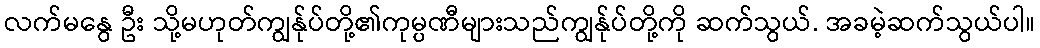
လက်မနွေ ဦး သို့မဟုတ်ကျွန်ုပ်တို့၏ကုမ္ပဏီများသည်ကျွန်ုပ်တို့ကို ဆက်သွယ်. အခမဲ့ဆက်သွယ်ပါ။